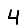
Digit: 4